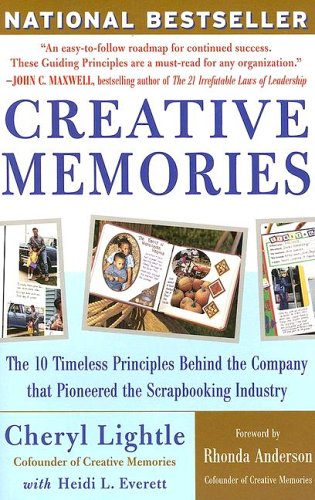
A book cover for Creative Memories: The 10 Timeless Principles Behind the Company That Pioneered the Scrapbooking Industry; Cheryl Lightle; Business & Money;